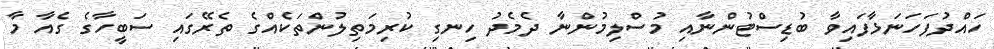
ހައްދުފަހަނަޅާފައިވާ ބުޑިސްޓުންނާއި މުސްލިމުންނާ ދެމެދު ހިނގި ކުރިމަތިލުންތަކެއްގެ ތެރޭގައި ސަބީހާގެ ގެއާ މާ